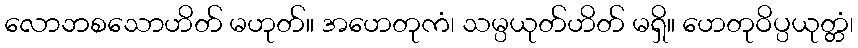
လောဘစသောဟိတ် မဟုတ်။ အဟေတုကံ၊ သမ္ပယုတ်ဟိတ် မရှိ။ ဟေတုဝိပ္ပယုတ္တံ၊